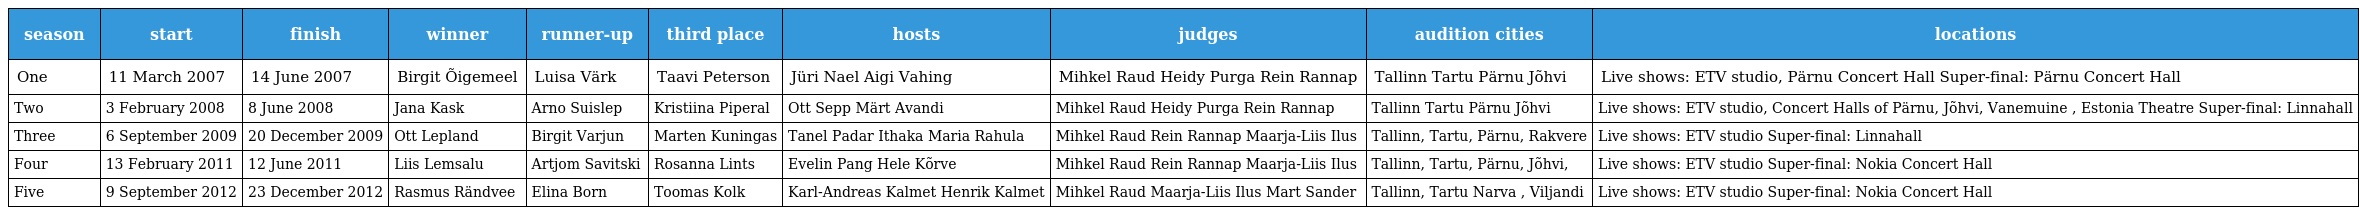
| season | start | finish | winner | runner-up | third place | hosts | judges | audition cities | locations |
 | --- | --- | --- | --- | --- | --- | --- | --- | --- | --- |
 | One | 11 March 2007 | 14 June 2007 | Birgit Õigemeel | Luisa Värk | Taavi Peterson | Jüri Nael Aigi Vahing | Mihkel Raud Heidy Purga Rein Rannap | Tallinn Tartu Pärnu Jõhvi | Live shows: ETV studio, Pärnu Concert Hall Super-final: Pärnu Concert Hall |
 | Two | 3 February 2008 | 8 June 2008 | Jana Kask | Arno Suislep | Kristiina Piperal | Ott Sepp Märt Avandi | Mihkel Raud Heidy Purga Rein Rannap | Tallinn Tartu Pärnu Jõhvi | Live shows: ETV studio, Concert Halls of Pärnu, Jõhvi, Vanemuine , Estonia Theatre Super-final: Linnahall |
 | Three | 6 September 2009 | 20 December 2009 | Ott Lepland | Birgit Varjun | Marten Kuningas | Tanel Padar Ithaka Maria Rahula | Mihkel Raud Rein Rannap Maarja-Liis Ilus | Tallinn, Tartu, Pärnu, Rakvere | Live shows: ETV studio Super-final: Linnahall |
 | Four | 13 February 2011 | 12 June 2011 | Liis Lemsalu | Artjom Savitski | Rosanna Lints | Evelin Pang Hele Kõrve | Mihkel Raud Rein Rannap Maarja-Liis Ilus | Tallinn, Tartu, Pärnu, Jõhvi, | Live shows: ETV studio Super-final: Nokia Concert Hall |
 | Five | 9 September 2012 | 23 December 2012 | Rasmus Rändvee | Elina Born | Toomas Kolk | Karl-Andreas Kalmet Henrik Kalmet | Mihkel Raud Maarja-Liis Ilus Mart Sander | Tallinn, Tartu Narva , Viljandi | Live shows: ETV studio Super-final: Nokia Concert Hall |